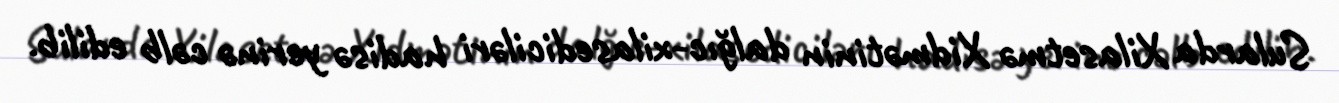
Sularda Xilasetmə Xidmətinin dalğıc-xilasediciləri hadisə yerinə cəlb edilib.